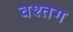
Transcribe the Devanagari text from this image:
वश्तग